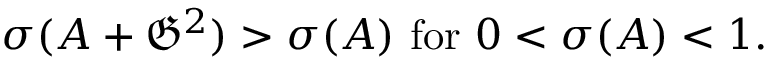
\sigma ( A + { \mathfrak { G } } ^ { 2 } ) > \sigma ( A ) { \mathrm { ~ f o r ~ } } 0 < \sigma ( A ) < 1 .